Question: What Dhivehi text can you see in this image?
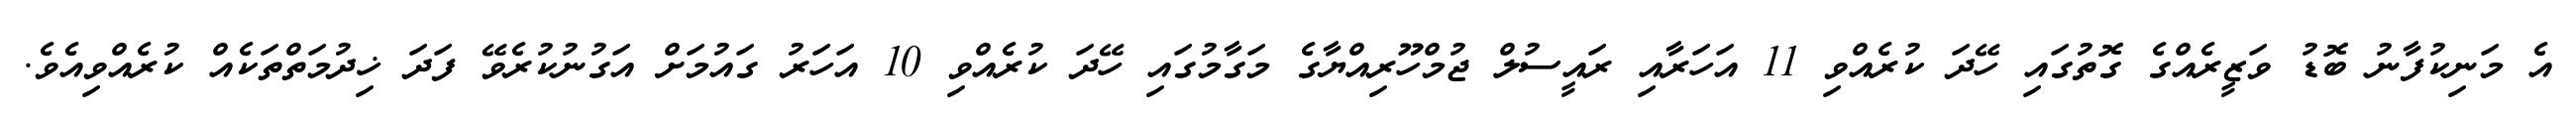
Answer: އެ މަނިކުފާނު ބޮޑު ވަޒީރެއްގެ ގޮތުގައި ހޭދަ ކުރެއްވި 11 އަހަރާއި ރައީސުލް ޖުމްހޫރިއްޔާގެ މަގާމުގައި ހޭދަ ކުރެއްވި 10 އަހަރު ގައުމަށް އަގުނުކުރެވޭ ފަދަ ޚިދުމަތްތަކެއް ކުރެއްވިއެވެ.